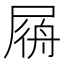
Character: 𡲟